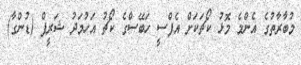
މުބާރާތުގެ އެންމެ މޮޅު ކޯޗަކަށް އެފްސީ ހަބޭސްގެ ކޯޗު އަހުމަދު ޝަރީފް (ޑުންގާ)